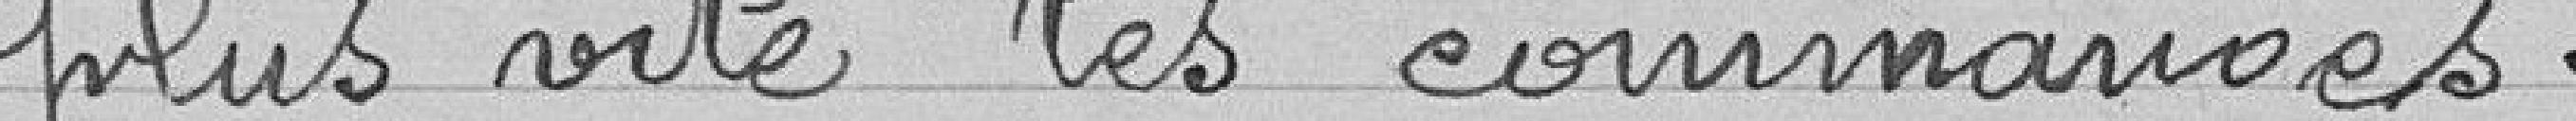
plus vite les commandes.